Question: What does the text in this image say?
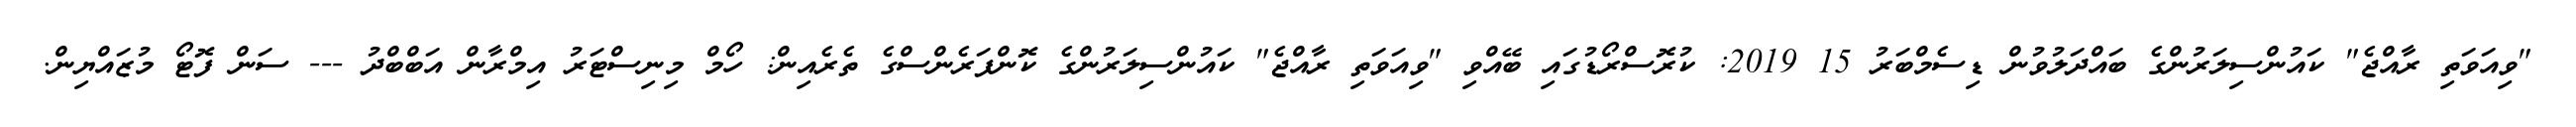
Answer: "ވިއަވަތި ރާއްޖެ" ކައުންސިލަރުންގެ ބައްދަލުވުން ޑިސެމްބަރު 15 2019: ކުރޮސްރޯޑުގައި ބޭއްވި "ވިއަވަތި ރާއްޖެ" ކައުންސިލަރުންގެ ކޮންފަރެންސްގެ ތެރެއިން: ހޯމް މިނިސްޓަރު އިމްރާން އަބްބްދު --- ސަން ފޮޓޯ މުޒައްޔިން.